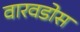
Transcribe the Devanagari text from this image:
वारवडोस